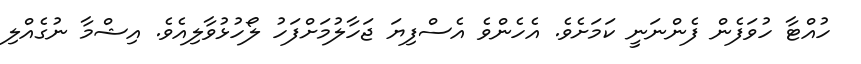
ހުއްޓާ ހުވަފެން ފެންނަނީ ކަމަށެވެ. އެހެންވެ އެސްފިޔަ ޖަހާލުމަށްފަހު ލޯހުޅުވާލިއެވެ. އިޝްމާ ނުގެއްލި